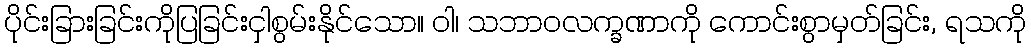
ပိုင်းခြားခြင်းကိုပြခြင်းငှါစွမ်းနိုင်သော။ ဝါ၊ သဘာဝလက္ခဏာကို ကောင်းစွာမှတ်ခြင်း, ရသကို